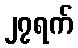
၂၇ရက်